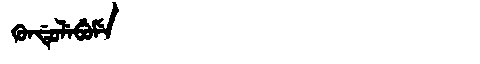
Manchu: ᡴᡠᠨᡩᡠᠯᡝᠪᡠᠮᡝ
Romanization: KUNDULEBUME